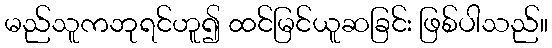
မည်သူကဘုရင်ဟူ၍ ထင်မြင်ယူဆခြင်း ဖြစ်ပါသည်။